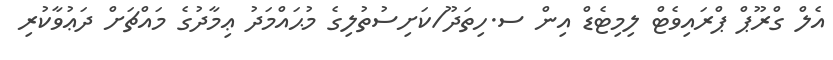
އެލް ގްރޫޕް ޕްރައިވެޓް ލިމިޓެޑް އިން ސ.ހިތަދޫ/ކަށިސުތުލިގެ މުޙައްމަދު ޢިމާދުގެ މައްޗަށް ދަޢުވާކުރި